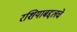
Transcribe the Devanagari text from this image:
रशियाबद्दलचे